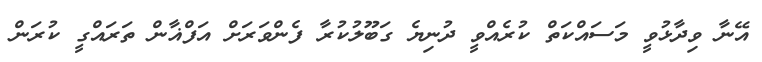
އޭނާ ވިދާޅުވީ މަސައްކަތް ކުރެއްވީ ދުނިޔެ ގަބޫލުކުރާ ފެންވަރަށް އަފްޣާން ތަރައްގީ ކުރަން